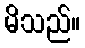
မိသည်။